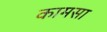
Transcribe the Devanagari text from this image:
कामसा